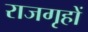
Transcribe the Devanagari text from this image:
राजगृहों